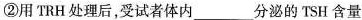
②用TRH处理后，受试者体内_____分泌的TSH含量